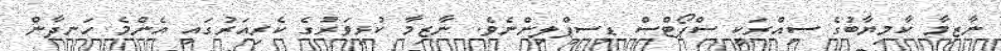
ނާޒިމާ ކާމިޔާބުގެ ސިއްރަކީ ސްޕޯޓްސް ޑިސިޕްލިންނެވެ. ނާޒިމާ ކުޅިވަރުގެ ކެރިއަރުގައި އެންމެ ހަނދާން